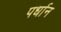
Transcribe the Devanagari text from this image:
पर्धान